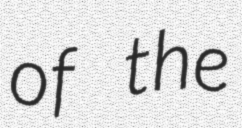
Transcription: of the